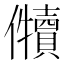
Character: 𱏡